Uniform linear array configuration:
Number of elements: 16
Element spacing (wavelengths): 0.75
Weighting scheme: binomial
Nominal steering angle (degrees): -60
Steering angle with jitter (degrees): -59.282
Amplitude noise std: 0.05
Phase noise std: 0.05

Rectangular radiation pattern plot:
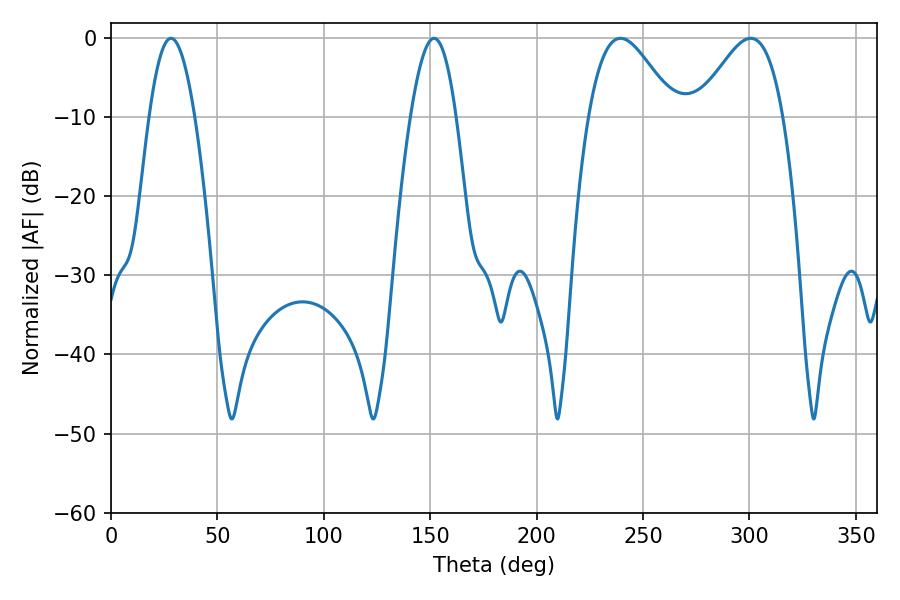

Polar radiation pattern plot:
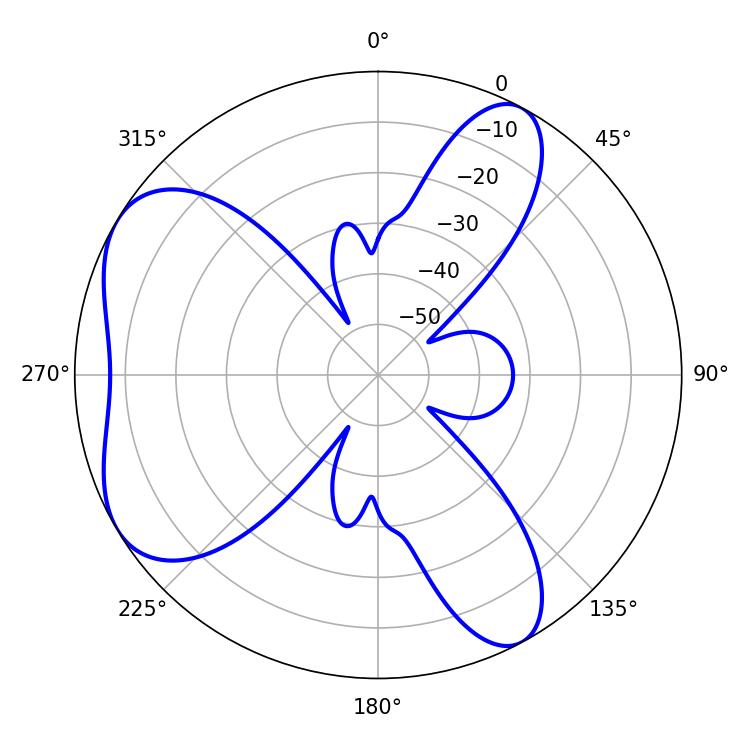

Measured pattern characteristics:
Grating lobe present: TRUE
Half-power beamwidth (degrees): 21.6
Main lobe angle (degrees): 239.4